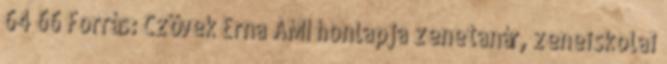
64 66 Forrás: Czövek Erna AMI honlapja zenetanár, zeneiskolai